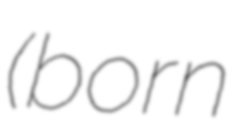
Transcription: (born